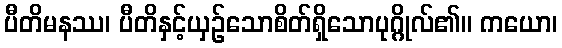
ပီတိမနဿ၊ ပီတိနှင့်ယှဉ်သောစိတ်ရှိသောပုဂ္ဂိုလ်၏။ ကယော၊